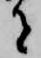
者